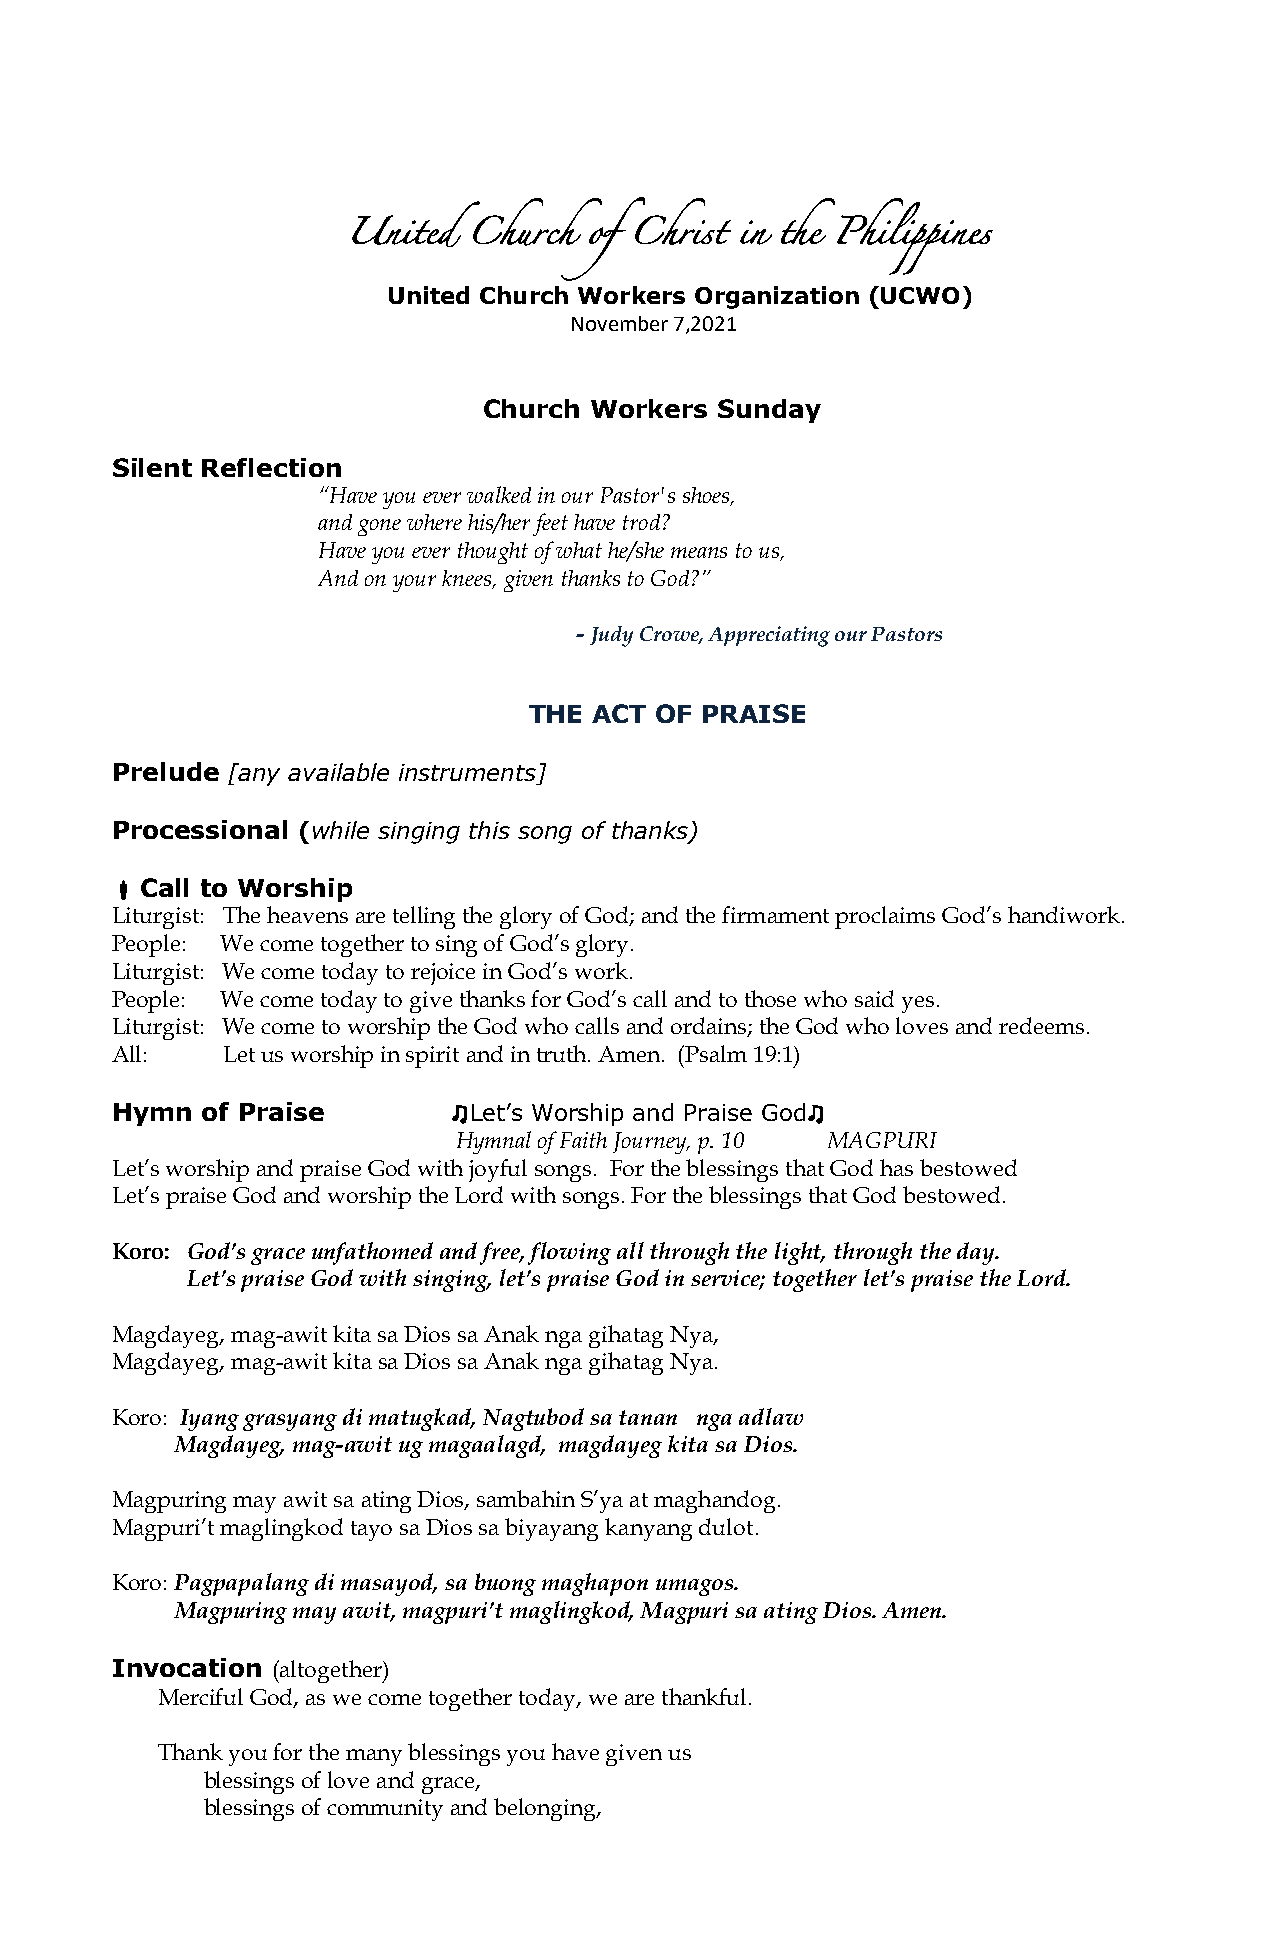
United  Church  of Christ in the Philippines
 United Church Workers Organization (UCWO)
 November 7,2021
 Church Workers Sunday
 Silent Reflection
 “Have you ever walked in our Pastor's shoes,
 and gone where his/her feet have trod?
 Have you ever thought of what he/she means to us,
 And on your knees, given thanks to God?”
 - Judy Crowe, Appreciating our Pastors
 THE ACT OF PRAISE
 Prelude [any available instruments]
 Processional (while singing this song of thanks)
  Call to Worship
 Liturgist: The heavens are telling the glory of God; and the firmament proclaims God’s handiwork.
 People: We come together to sing of God’s glory.
 Liturgist: We come today to rejoice in God’s work.
 People: We come today to give thanks for God’s call and to those who said yes.
 Liturgist: We come to worship the God who calls and ordains; the God who loves and redeems.
 All:    Let us worship in spirit and in truth. Amen. (Psalm 19:1)
 Hymn  of Praise        ♫Let’s Worship and Praise God♫
 Hymnal of Faith Journey, p. 10 MAGPURI
 Let’s worship and praise God with joyful songs. For the blessings that God has bestowed
 Let’s praise God and worship the Lord with songs. For the blessings that God bestowed.
 Koro: God’s grace unfathomed and free, flowing all through the light, through the day.
 Let’s praise God with singing, let’s praise God in service; together let’s praise the Lord.
 Magdayeg, mag-awit kita sa Dios sa Anak nga gihatag Nya,
 Magdayeg, mag-awit kita sa Dios sa Anak nga gihatag Nya.
 Koro: Iyang grasyang di matugkad, Nagtubod sa tanan nga adlaw
 Magdayeg, mag-awit ug magaalagd, magdayeg kita sa Dios.
 Magpuring may awit sa ating Dios, sambahin S’ya at maghandog.
 Magpuri’t maglingkod tayo sa Dios sa biyayang kanyang dulot.
 Koro: Pagpapalang di masayod, sa buong maghapon umagos.
 Magpuring may awit, magpuri’t maglingkod, Magpuri sa ating Dios. Amen.
 Invocation (altogether)
 Merciful God, as we come together today, we are thankful.
 Thank you for the many blessings you have given us
 blessings of love and grace,
 blessings of community and belonging,